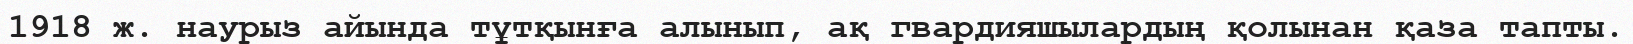
1918 ж. наурыз айында тұтқынға алынып, ақ гвардияшылардың қолынан қаза тапты.